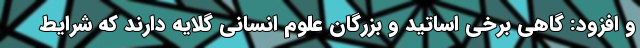
و افزود: گاهی برخی اساتید و بزرگان علوم انسانی گلایه دارند که شرایط